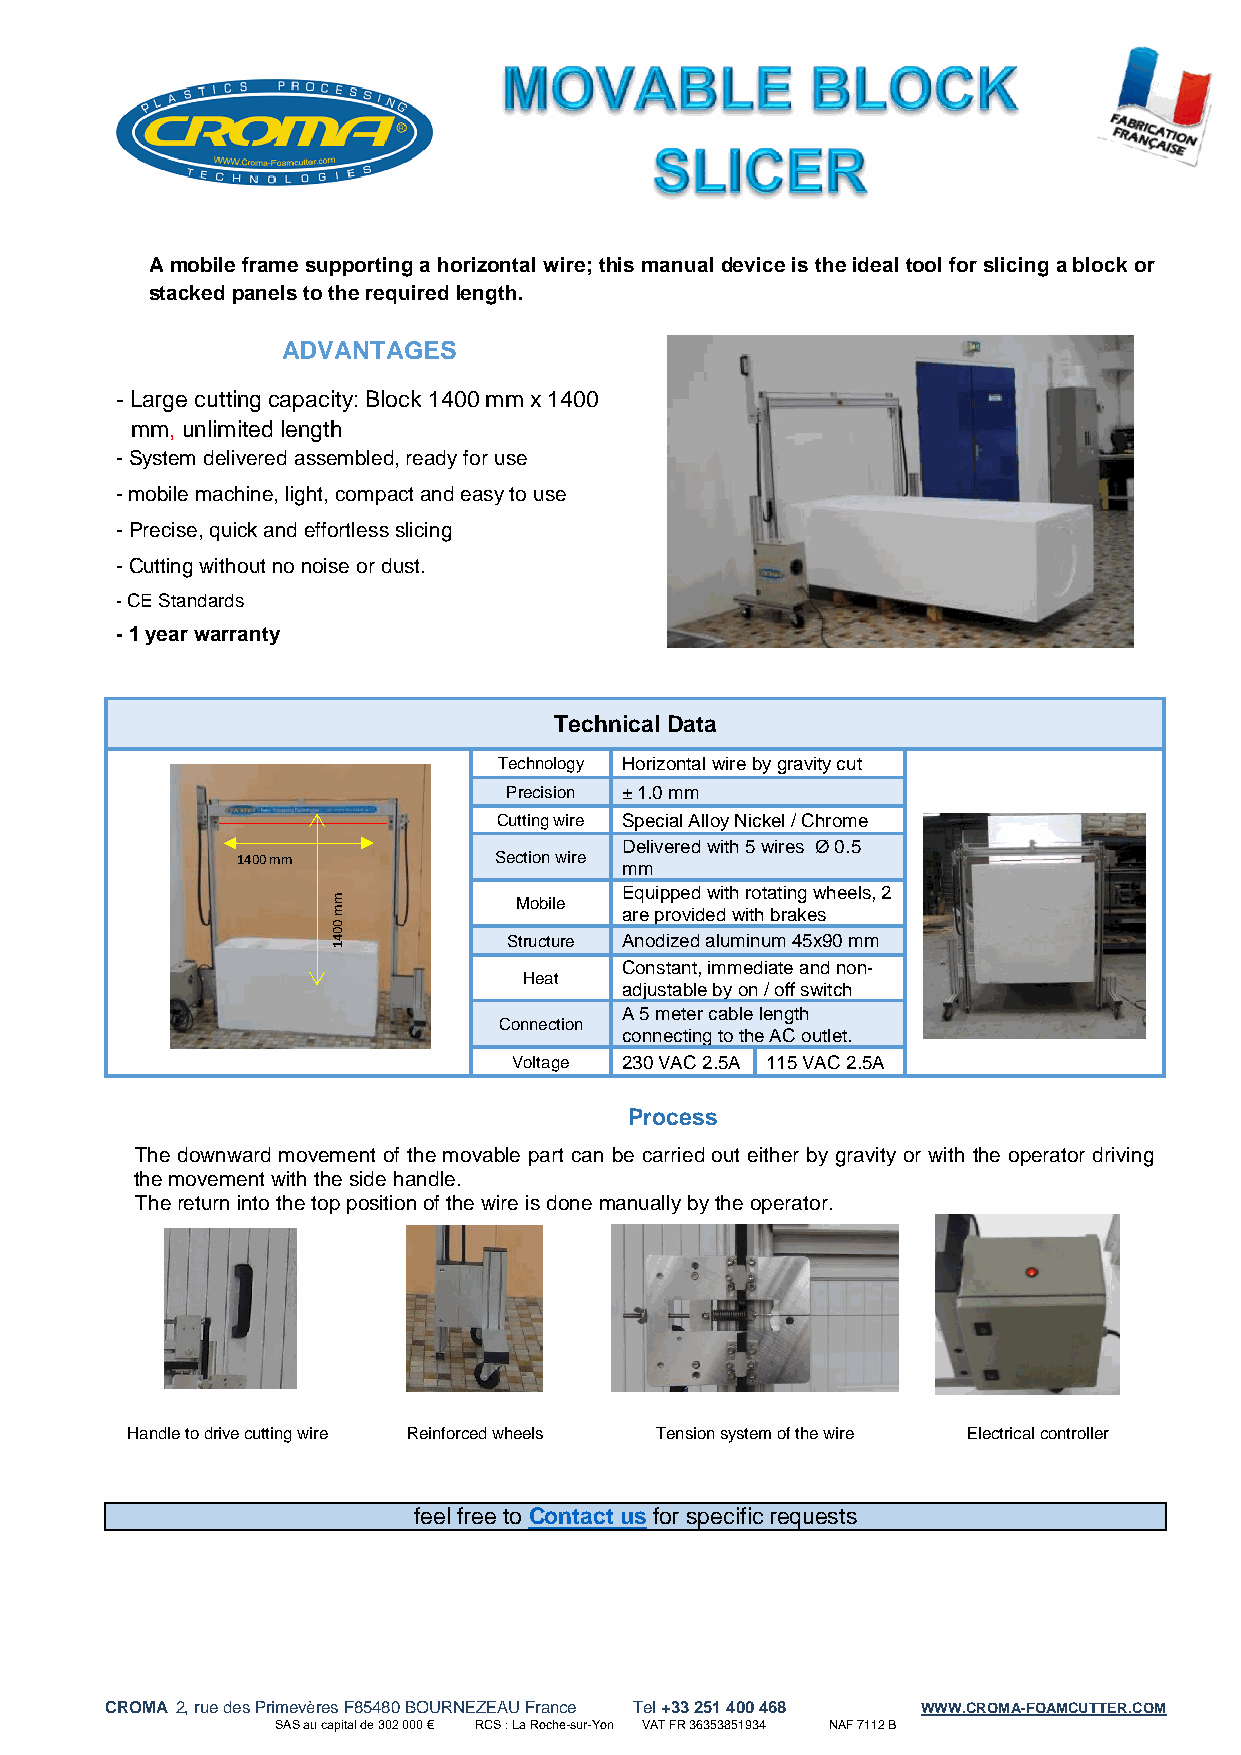
A mobile frame supporting a horizontal wire; this manual device is the ideal tool for slicing a block or
 stacked panels to the required length.
 ADVANTAGES
 - Large cutting capacity: Block 1400 mm x 1400
 mm, unlimited length
 - System delivered assembled, ready for use
 - mobile machine, light, compact and easy to use
 - Precise, quick and effortless slicing
 - Cutting without no noise or dust.
 - CE Standards
 - 1 year warranty
 Technical Data
 Technology Horizontal wire by gravity cut
 Precision ± 1.0 mm
 Cutting wire Special Alloy Nickel / Chrome
 Delivered with 5 wires Ø 0.5
 1400 mm          Section wire
 mm
 m           Mobile
 Equipped with rotating wheels, 2
 m                  are provided with brakes
 0
 0 4         Structure Anodized aluminum 45x90 mm
 1
 Constant, immediate and non-
 Heat
 adjustable by on / off switch
 A 5 meter cable length
 Connection
 connecting to the AC outlet.
 Voltage 230 VAC 2.5A 115 VAC 2.5A
 Process
 The downward movement of the movable part can be carried out either by gravity or with the operator driving
 the movement with the side handle.
 The return into the top position of the wire is done manually by the operator.
 Handle to drive cutting wire Reinforced wheels Tension system of the wire Electrical controller
 feel free to Contact us for specific requests
 CROMA 2, rue des Primevères F85480 BOURNEZEAU France Tel +33 251 400 468 WWW.CROMA-FOAMCUTTER.COM
 SAS au capital de 302 000 € RCS : La Roche-sur-Yon VAT FR 36353851934 NAF 7112 B